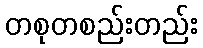
တစုတစည်းတည်း